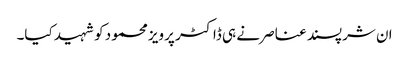
ان شرپسند عناصر نے ہی ڈاکٹر پرویز محمود کو شہید کیا۔